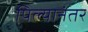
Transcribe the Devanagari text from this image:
पिल्यानंतर